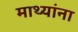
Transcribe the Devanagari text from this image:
माथ्यांना